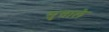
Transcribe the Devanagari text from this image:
सुत्ताले